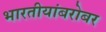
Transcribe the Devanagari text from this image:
भारतीयांबरोबर